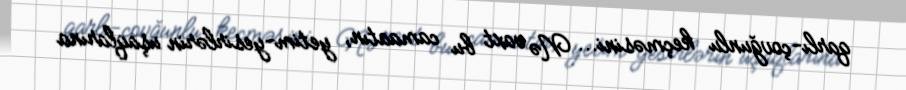
qarlı-çovğunlu keçməsini... Nə vaxt bu camaatın, yetim-yesirlərin uşaqlarına